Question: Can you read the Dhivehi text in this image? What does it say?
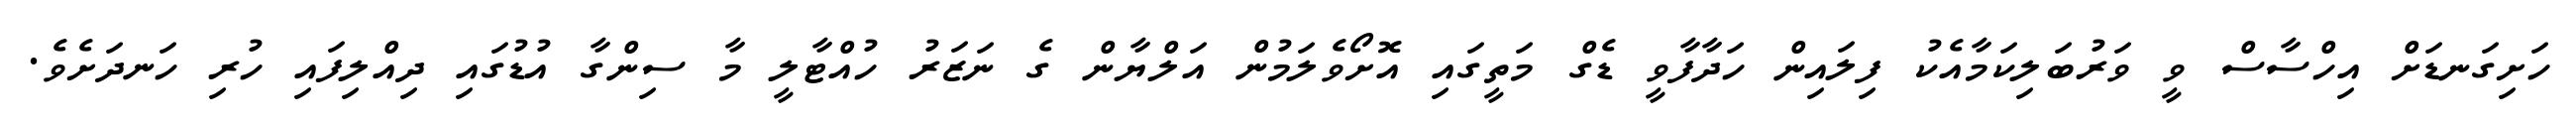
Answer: ހަށިގަނޑަށް އިހްސާސް ވީ ވަރުބަލިކަމާއެކު ފިލައިން ހަދާފާވީ ޑެގް މަތީގައި އޮށޯވެލަމުން އަލްޔާން ގެ ނަޒަރު ހުއްޓާލީ މާ ސިންގާ އުޑުގައި ދިއްލިފައި ހުރި ހަނދަށެވެ.